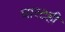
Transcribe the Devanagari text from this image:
घारटही